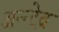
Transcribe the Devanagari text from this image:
अन्न्देव